Vaccination in Bombay 1913-1923 - 1913-1923
Year: 1913
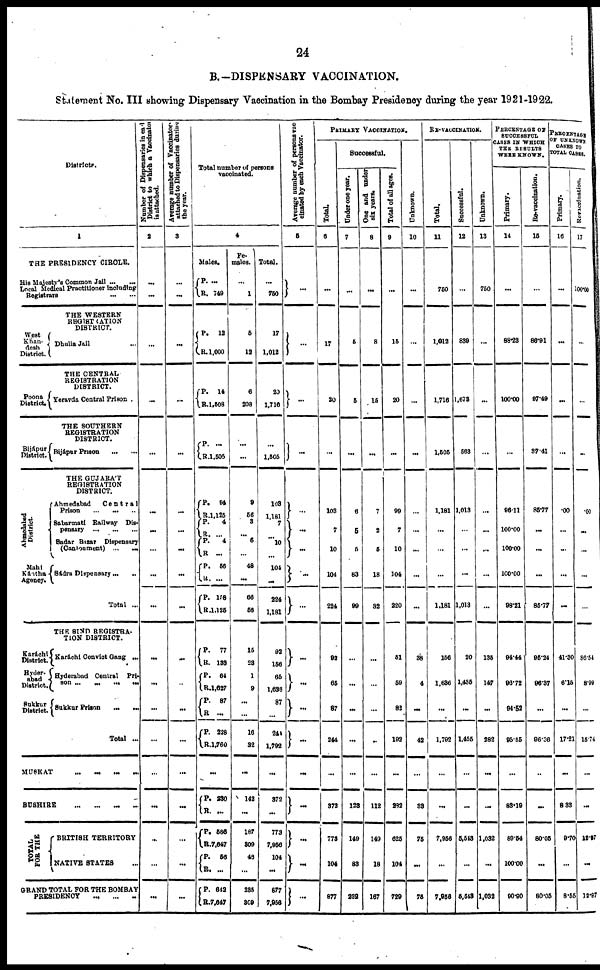
24
B. —DISPENSARY VACCINATION.
Statement No. III showing Dispensary Vaccination in the Bombay Presidency during the year 1921-1922.
Districts.
1
THE PRESIDENCY CIRCLE.
His Majesty's Common Jail ... ...
Local Medical Practitioner including
Registrars
...
...
THE WESTERN
REGISTRATION
DISTRICT.
West
Khan¬
desh
District.
Dhulia Jail ...
THE CENTRAL
REGISTRATION
DISTRICT.
Poona
District.
Bijápur
District.
Ahmedabad
District.
Mahi
Kántha
Agency.
Karáchi
District.
Hyder¬
abad
District.
Sukkur
District.
Yeravda Central Prison .
THE SOUTHERN
REGISTRATION
DISTRICT.
Bijápur Prison ... ...
THE GUJARÁT
REGISTRATION
DISTRICT.
Ahmedabad
Central
Prison
...
...
...
Sabarmati Railway Dis¬
penary
...
...
...
Sadar Bazar Dispensary
(Cantonment) ... ...
Sadra Dispensary ... ...
Total ...
THE SIND REGISTRA-
TION DISTRICT.
Karáchi Convict Gang ...
Hyderabad Central Pri¬
son ... ... ... ...
Sukkur Prison ... ...
Total ...
MUSKAT
...
...
...
...
BUSHIRE
...
... ... ...
TOTAL
FOR THE
BRITISH TERRITORY
NATIVE STATES ...
GRAND TOTAL FOR THE BOMBAY
PRESIDENCY
...
... ...
Number of Dispensaries in each
District to which a Vaccinator
is attached.
2
...
...
...
...
...
...
...
...
...
...
...
...
...
...
...
...
...
...
...
Average number of Vaccinator
attached to Dispensaries during
the year.
3
...
...
...
...
...
...
...
...
...
...
...
...
...
...
...
...
...
...
...
Total number of persons
vaccinated.
4
Males.
P.
R.
...
749
P.
R.
12
1,000
P.
R.
14
1,508
P.
R. ... 1,505
P.
R.
P.
R. P.
R.
P.
R.
P.
R.
94
1,125
4
... 4
...
56
...
158
1,125
P.
R.
P.
R.
P.
R.
P.
R.
77
183
64
1,627
87
...
298
1,760
...
P.
R.
P.
R.
P.
R.
P.
R.
230
...
586
7,647
56
...
642
7,647
Fe-
males.
...
1
5
12
6
208
...
...
9
56
3
...
6
...
48
...
66
56
15
28
1
9
...
...
16
32
...
142
...
187
309
48
...
235
309
Total.
...
750
17
1,012
20
1,716
...
1,505
108
1,181
7
... 10
...
104
...
224
1,181
92
156
65
1,636
87
...
244
1,792
...
372
...
773
7,956
104
...
877
7,956
Average number of persons vac¬
cinated by each Vaccinator.
5
...
...
...
...
...
...
...
...
...
...
...
...
...
...
...
...
...
...
PRIMARY VACCINATION.
Total.
6
...
17
20
...
103
7
10
104
224
92
65
87
244
...
372
773
104
877
Successful.
Under one year.
7
...
5
5
...
6
5
5
83
99
...
...
...
...
...
123
149
83
232
One and under
six years.
8
...
8
15
...
7
2
5
18
82
...
...
...
...
...
112
149
18
167
Total of all ages.
9
...
15
20
...
99
7
10
104
220
51
59
82
192
...
282
625
104
729
Unknown.
10
...
...
...
...
...
...
...
...
...
38
4
...
42
...
33
75
...
75
RE-VACCINATION.
Total.
11
750
1,012
1,716
1,505
1,181
...
...
...
1,181
156
1,636
...
1,792
...
...
7,956
...
7,956
Successful.
12
...
839
1,673
563
1,013
...
...
1,013
20
1,435
...
1,455
...
...
5,543
...
5,543
Unknown.
13
750
...
...
...
...
...
...
...
...
135
147
...
282
...
...
1,032
...
1,032
PERCENTAGE OF
SUCCESSFUL
CASES IN WHICH
THE RESULTS
WERE KNOWN.
Primary.
14
...
88.23
100.00
...
96.11
100.00
100.00
100.00
98.21
94.44
96.72
94.52
95.55
...
83.19
89.54
100.00
90.90
Re-vaccination.
15
...
86.91
97.49
37.41
85.77
...
...
...
85.77
95.24
96.37
...
96.36
...
...
80.05
...
80.05
PERCENTAGE
OF UNKNOWN
CASES TO
TOTAL CASES.
Primary.
16
...
...
...
...
.00
...
...
...
...
41.30
6.15
...
17.21
...
8.33
9.70
...
8.55
Revaccination.
17
100.00
...
...
...
.00
...
...
...
...
86.54
8.99
...
15.74
...
...
12.17
...
12.97